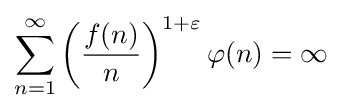
\sum _{n=1}^{\infty }\left({\frac {f(n)}{n}}\right)^{1+\varepsilon }\varphi (n)=\infty